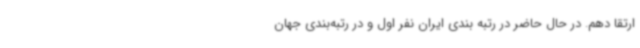
ارتقا دهم. در حال حاضر در رتبه بندی ایران نفر اول و در رتبه‌بندی جهان